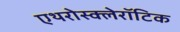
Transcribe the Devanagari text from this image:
एथरोस्क्लेरॉटिक